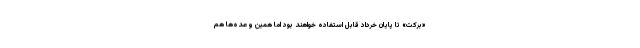
«برکت» تا پایان خرداد قابل استفاده خواهند بود اما همین وعده‌ها هم